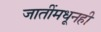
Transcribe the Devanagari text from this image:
जातींमधूनही